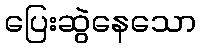
ပြေးဆွဲနေသော